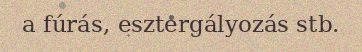
a fúrás, esztergályozás stb.